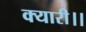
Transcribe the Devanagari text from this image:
क्यारी।।